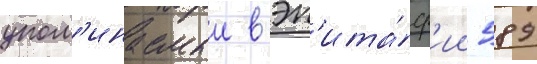
упом'инаемыи в эп'ита́ф'ии 589